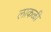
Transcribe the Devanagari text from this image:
लाकळी